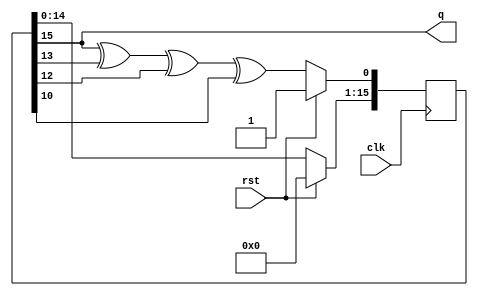
/*
   Copyright 2020 Ali Raheem <ali.raheem@gmail.com>
   Licensed under the Apache License, Version 2.0 (the "License");
   you may not use this file except in compliance with the License.
   You may obtain a copy of the License at
       http://www.apache.org/licenses/LICENSE-2.0
   Unless required by applicable law or agreed to in writing, software
   distributed under the License is distributed on an "AS IS" BASIS,
   WITHOUT WARRANTIES OR CONDITIONS OF ANY KIND, either express or implied.
   See the License for the specific language governing permissions and limitations under the License.
*/

module LFSR (
	input clk, 
	input rst, 
	output q);
   // x^16 + x^14 + x^13 + x^11 + 1
	
   reg [15:0] sr;
   
   always @ (posedge clk) begin
      if (rst)
	 sr <= 1;
      else begin
	 sr[0] <= sr[15] ^ sr[13] ^ sr[12] ^ sr[10];
	 sr[15:1] <= sr[14:0];
      end
   end
   
   assign q = sr[15];
  
endmodule // LFSR